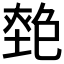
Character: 𡏎